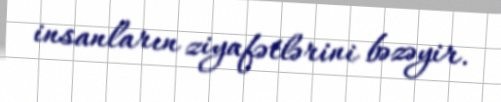
insanların ziyafətlərini bəzəyir.